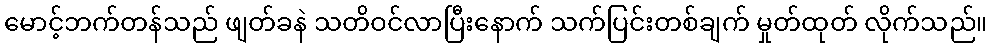
မောင့်ဘက်တန်သည် ဖျတ်ခနဲ သတိဝင်လာပြီးနောက် သက်ပြင်းတစ်ချက် မှုတ်ထုတ် လိုက်သည်။